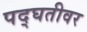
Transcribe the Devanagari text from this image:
पद्घतीवर